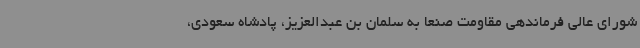
شورای عالی فرماندهی مقاومت صنعا به سلمان بن عبدالعزیز، پادشاه سعودی،